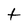
Character: t